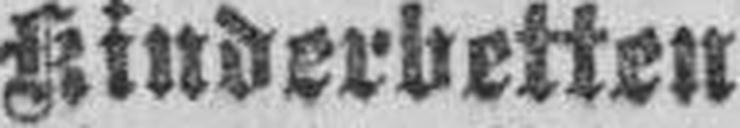
Kinderbetten